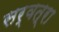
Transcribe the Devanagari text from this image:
सर्वत्रा